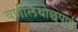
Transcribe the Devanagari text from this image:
वर्णलिथोछपाई